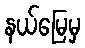
နယ်မြေမှ